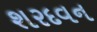
શરદવન